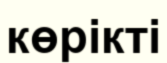
көрікті